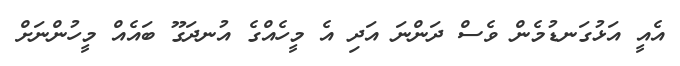
އެއީ އަޅުގަނޑުމެން ވެސް ދަންނަ އަދި އެ މީހެއްގެ އުނދަގޫ ބައެއް މީހުންނަށް